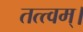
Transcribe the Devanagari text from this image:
तत्त्वम्।